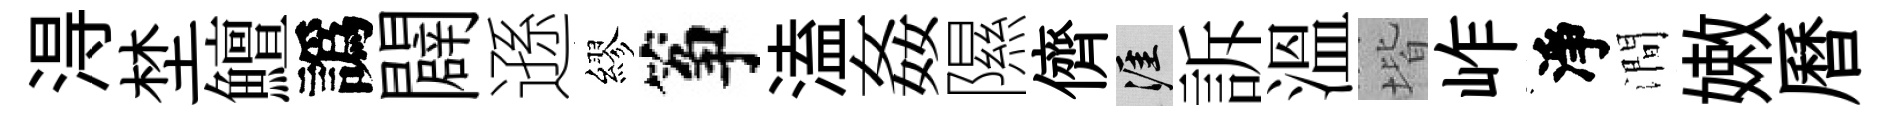
淂埜鱣譌闢遜繆筝溘姦隰儕涯訴溫堦岞淨澗嫩曆